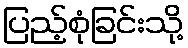
ပြည့်စုံခြင်းသို့